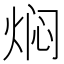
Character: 焖